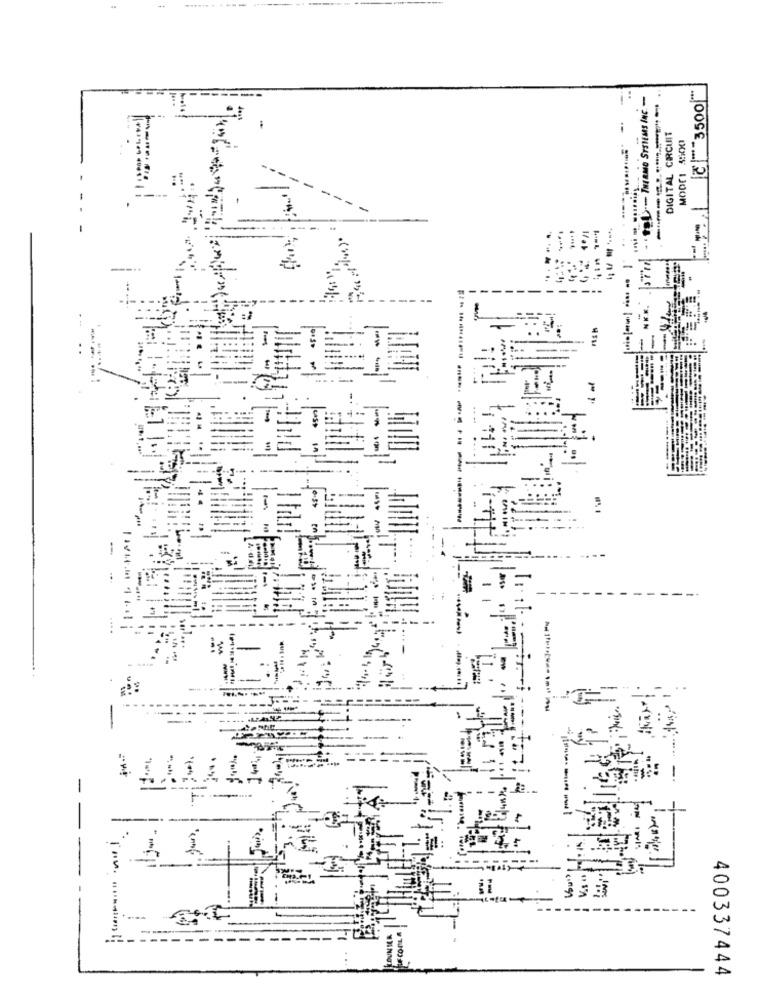
č ""3500"
DIGITAL CIRCUIT
------
- -
----- --.
-
--
F-
www
400337444